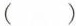
()